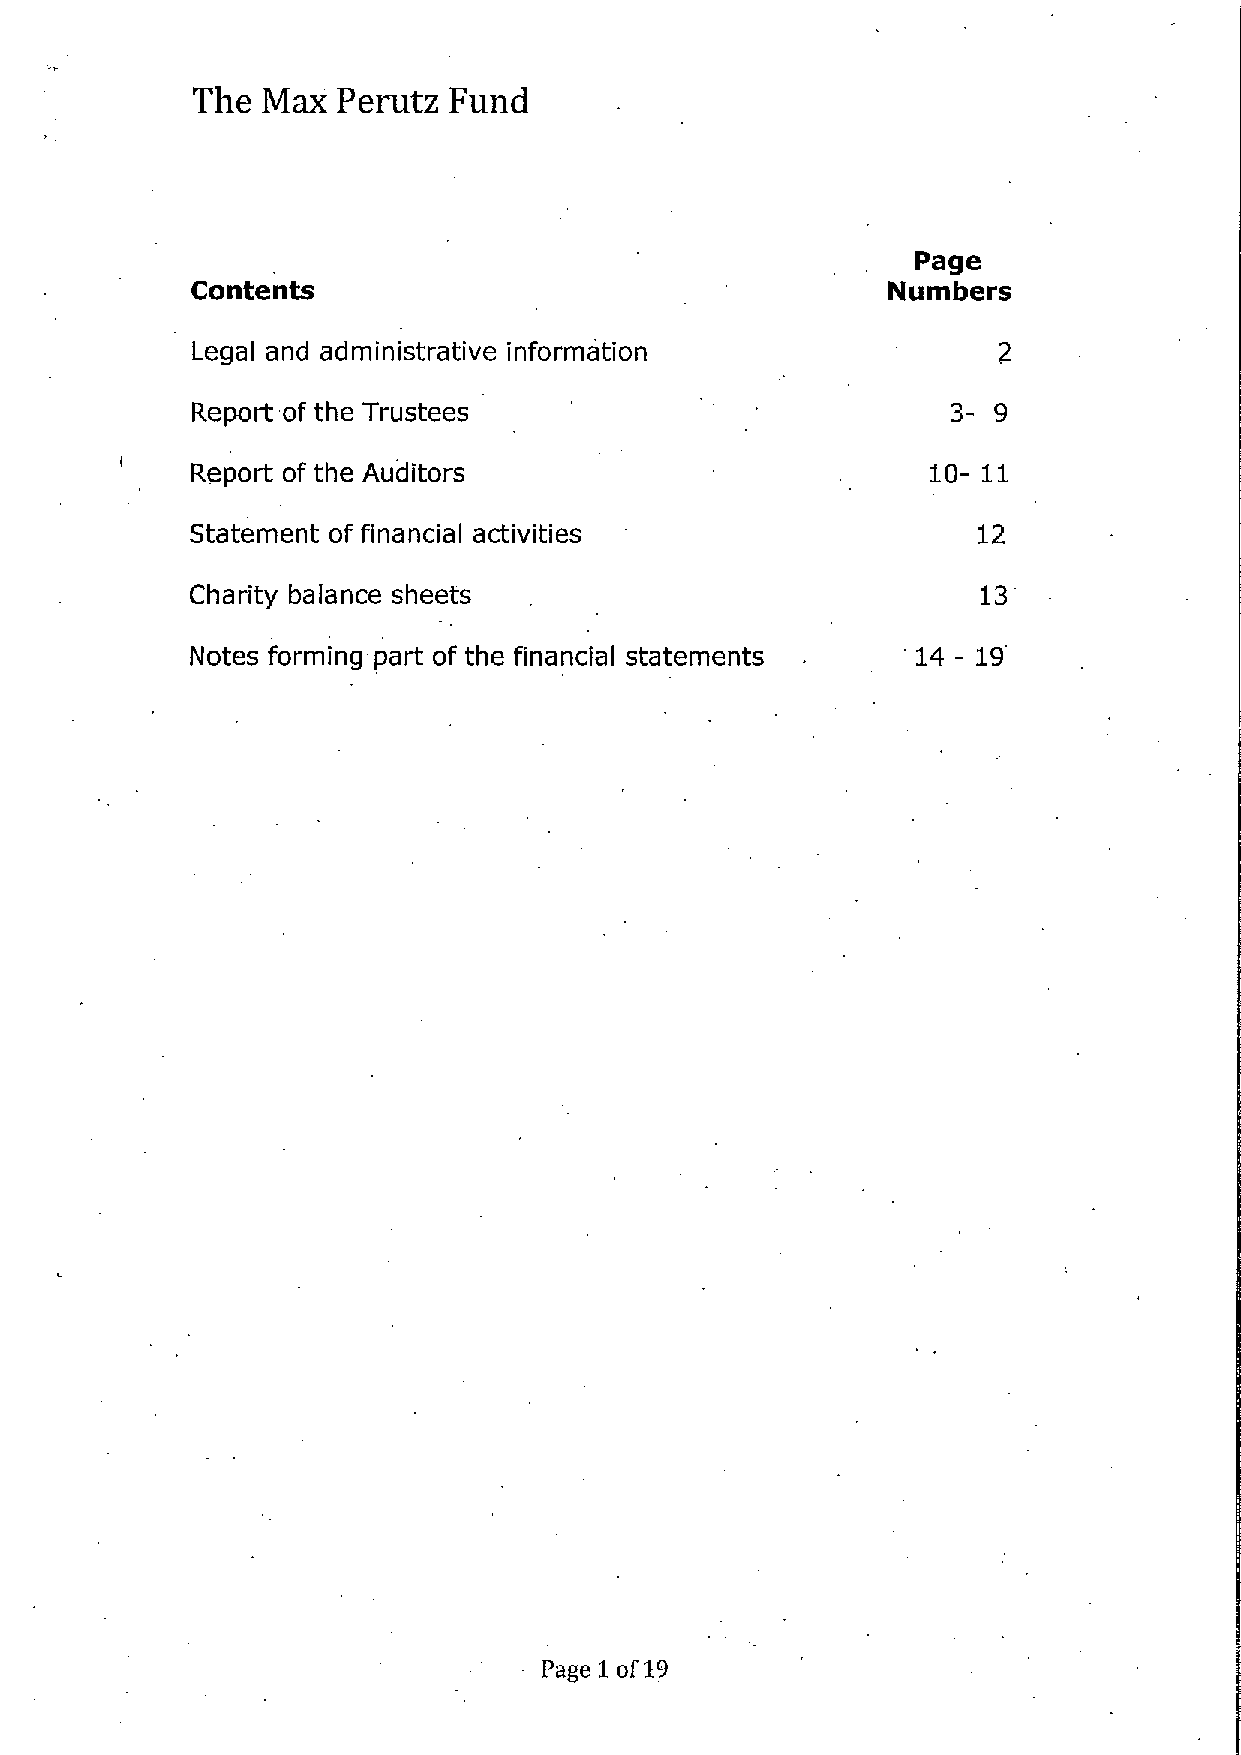
The Max  Perutz  Fund
 Page
 Contents                                      Numbers
 Legal and administrative information
 Report of the Trustees                            3- 9
 Report of the Auditors                           10- 11
 Statement of financial activities                   12
 Charity balance sheets                              13
 Notes forming part of the financial statements  14 —19
 Page 1of19